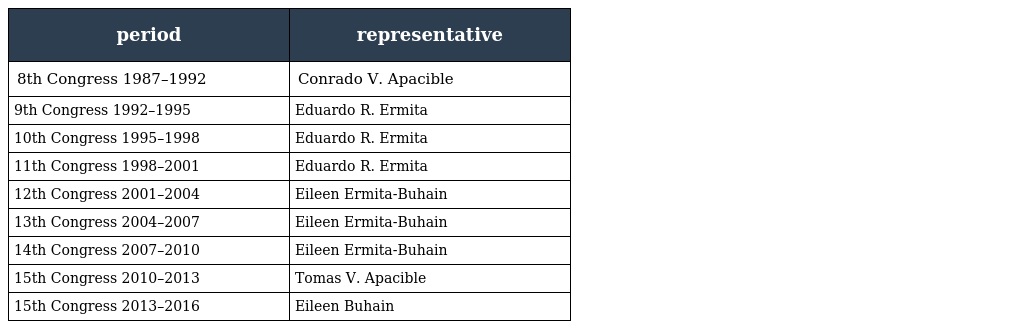
| period | representative |
 | --- | --- |
 | 8th Congress 1987–1992 | Conrado V. Apacible |
 | 9th Congress 1992–1995 | Eduardo R. Ermita |
 | 10th Congress 1995–1998 | Eduardo R. Ermita |
 | 11th Congress 1998–2001 | Eduardo R. Ermita |
 | 12th Congress 2001–2004 | Eileen Ermita-Buhain |
 | 13th Congress 2004–2007 | Eileen Ermita-Buhain |
 | 14th Congress 2007–2010 | Eileen Ermita-Buhain |
 | 15th Congress 2010–2013 | Tomas V. Apacible |
 | 15th Congress 2013–2016 | Eileen Buhain |